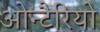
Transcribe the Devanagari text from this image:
ओन्टैरियो